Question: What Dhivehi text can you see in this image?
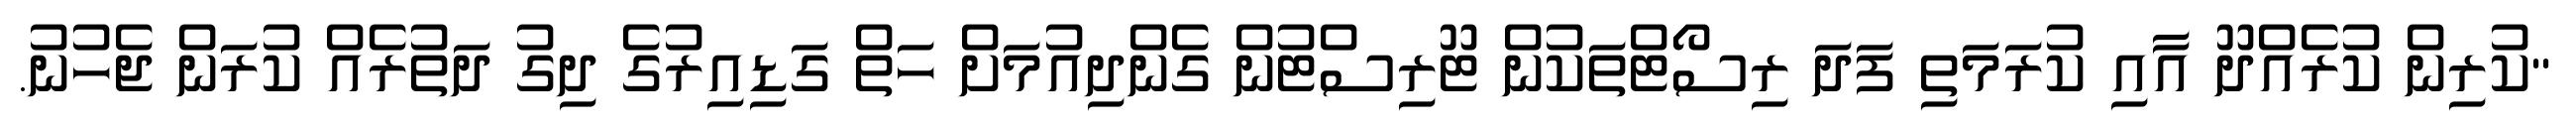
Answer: "ކުރިން ކުރެއްދޫ އާއި ކުރަމަތި ފަދަ ރިސޯޓްތަކުން ޓޫރިސްޓުން ގެންދިއުމަށް ހަތް ގަޑިއިރުގެ ދިގު ދަތުރެއް ކުރަން ޖެހުނު.